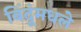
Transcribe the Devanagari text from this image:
बिंदूंमधले